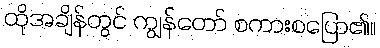
ထိုအချိန်တွင် ကျွန်တော် စကားစပြော၏။